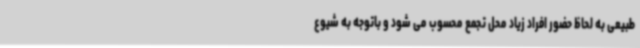
طبیعی به لحاظ حضور افراد زیاد محل تجمع محسوب می شود و باتوجه به شیوع